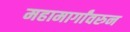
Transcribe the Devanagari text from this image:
महामार्गांवरुन